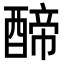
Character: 𮠺